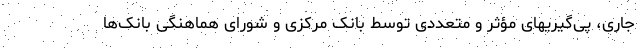
جاری، پی‌گیریهای مؤثر و متعددی توسط بانک مرکزی و شورای هماهنگی بانک‌ها